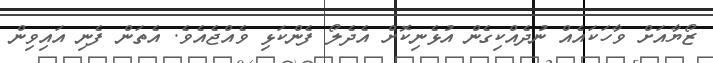
ޒޯޔާއަށް ވާހަކައެއް ނުދެއްކިގެން އުޅެނިކޮށް އެދެލޯ ފެންކަޅި ވެއްޖެއެވެ. އެތަން ފެނި އައިވިން